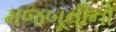
મજબૂતીનો